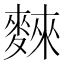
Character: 麳